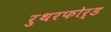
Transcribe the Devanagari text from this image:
रुथरफोर्ड